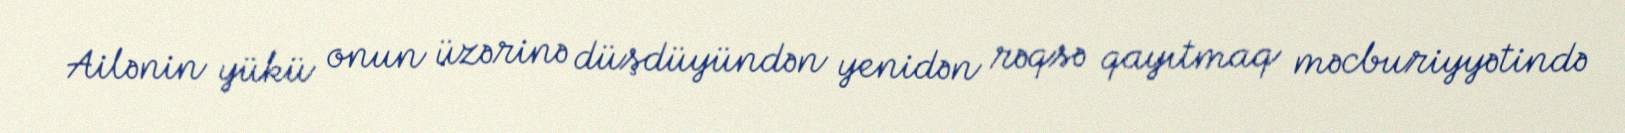
Ailənin yükü onun üzərinə düşdüyündən yenidən rəqsə qayıtmaq məcburiyyətində